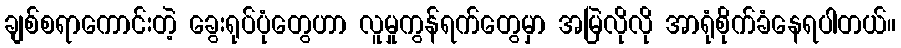
ချစ်စရာကောင်းတဲ့ ခွေးရုပ်ပုံတွေဟာ လူမှုကွန်ရက်တွေမှာ အမြဲလိုလို အာရုံစိုက်ခံနေရပါတယ်။